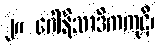
၂။ ဂေါနိသာဒိကကုဋိ၊